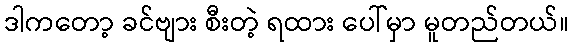
ဒါကတော့ ခင်ဗျား စီးတဲ့ ရထား ပေါ်မှာ မူတည်တယ်။